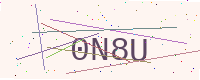
Text: 0N8U